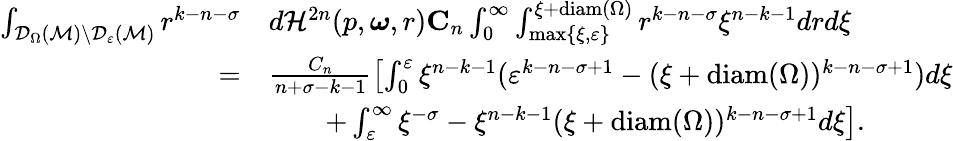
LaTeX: \begin{array}{rl}{\int_{\mathcal{D}_{\Omega}(\mathcal M)\setminus\mathcal{D}_{\varepsilon}(\mathcal M)}r^{k-n-\sigma}}&{d\mathcal H^{2n}(p,\boldsymbol{\omega},r)\le C_{n}\int_{0}^{\infty}\int_{\operatorname*{max}\{ \xi,\varepsilon\} }^{\xi+\mathrm{diam}(\Omega)}r^{k-n-\sigma}\xi^{n-k-1}drd\xi}\\ {=}&{\frac{C_{n}}{n+\sigma-k-1}\left[\int_{0}^{\varepsilon}\xi^{n-k-1}(\varepsilon^{k-n-\sigma+1}-(\xi+\mathrm{diam}(\Omega))^{k-n-\sigma+1})d\xi\right.}\\ &{\qquad+\left.\int_{\varepsilon}^{\infty}\xi^{-\sigma}-\xi^{n-k-1}(\xi+\mathrm{diam}(\Omega))^{k-n-\sigma+1}d\xi\right].}\end{array}